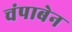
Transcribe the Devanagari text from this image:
चंपाबेन